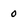
Character: 0